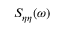
S _ { \eta \eta } ( \omega )